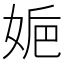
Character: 𡜮